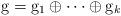
LaTeX: \begin{align*}\mathrm{g}=\mathrm{g}_1\oplus \dots\oplus\mathrm{g}_k\end{align*}